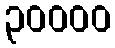
၃၀၀၀၀